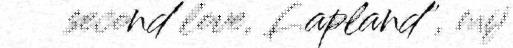
second love, Lapland", mij